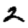
Digit: 2